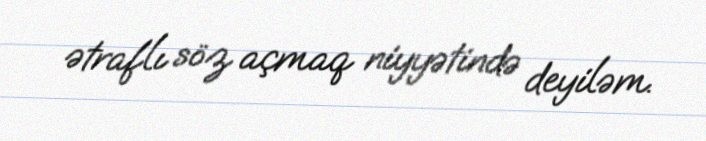
ətraflı söz açmaq niyyətində deyiləm.